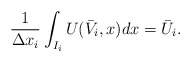
\begin{align*} \frac{1}{\Delta x_i}\int_{I_i}U(\bar{V}_i,x)dx = \bar{U}_i.\end{align*}